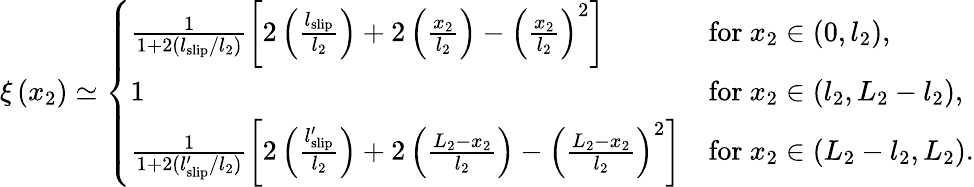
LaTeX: \xi\left(x_{2}\right)\simeq\left\{ \begin{array}{ll}{\frac{1}{1+2(l_{\mathrm{slip}}/l_{2})}\left[2\left(\frac{l_{\mathrm{slip}}}{l_{2}}\right)+2\left(\frac{x_{2}}{l_{2}}\right)-\left(\frac{x_{2}}{l_{2}}\right)^{2}\right]}&{\mathrm{for~}x_{2}\in(0,l_{2}),}\\ {1}&{\mathrm{for~}x_{2}\in(l_{2},L_{2}-l_{2}),}\\ {\frac{1}{1+2(l_{\mathrm{slip}}^{\prime}/l_{2})}\left[2\left(\frac{l_{\mathrm{slip}}^{\prime}}{l_{2}}\right)+2\left(\frac{L_{2}-x_{2}}{l_{2}}\right)-\left(\frac{L_{2}-x_{2}}{l_{2}}\right)^{2}\right]}&{\mathrm{for~}x_{2}\in(L_{2}-l_{2},L_{2}).}\end{array}\right.